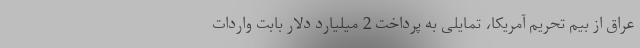
عراق از بیم تحریم آمریکا، تمایلی به پرداخت 2 میلیارد دلار بابت واردات